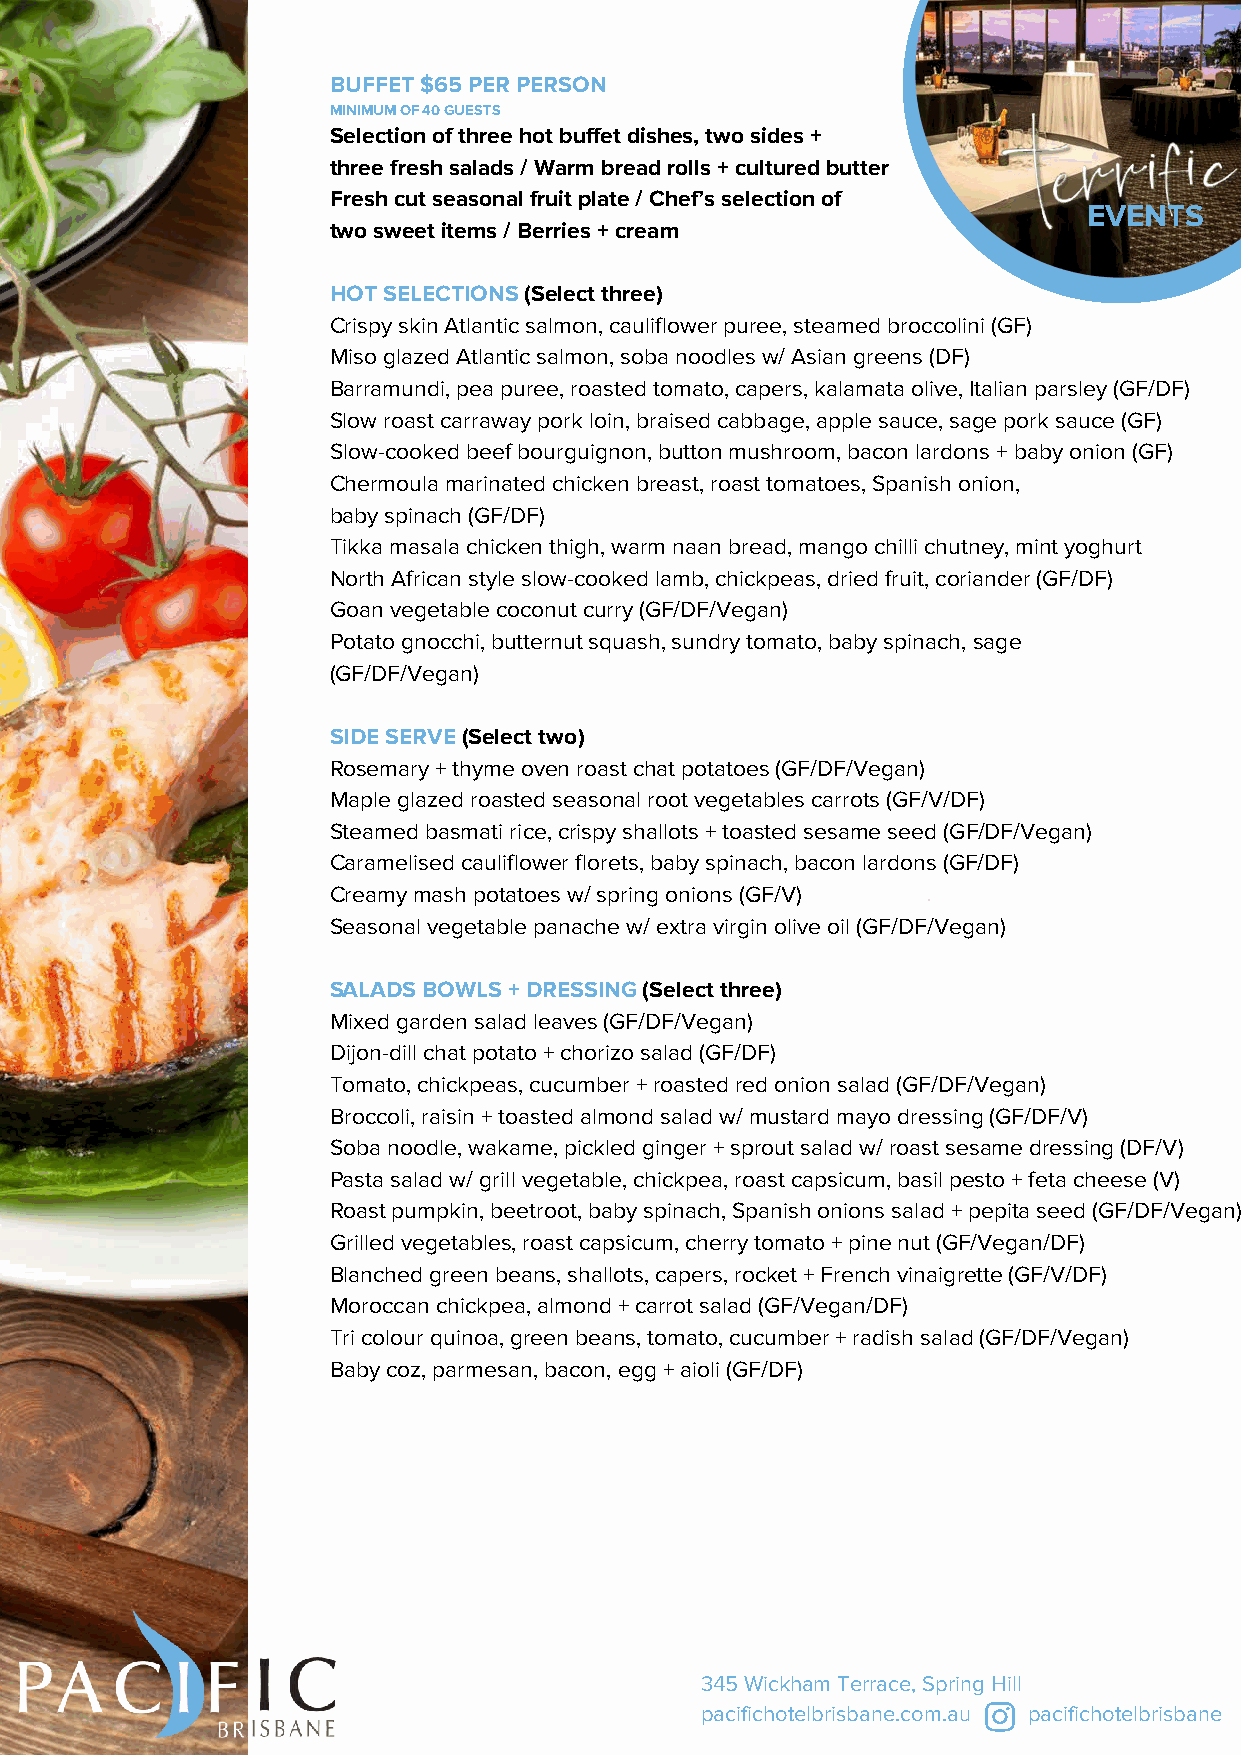
BUFFET $65 PER PERSON
 MINIMUM OF 40 GUESTS
 Selection of three hot buffet dishes, two sides +
 three fresh salads / Warm bread rolls + cultured butter
 Fresh cut seasonal fruit plate / Chef’s selection of
 EVENTS
 two sweet items / Berries + cream
 HOT SELECTIONS (Select three)
 Crispy skin Atlantic salmon, cauliflower puree, steamed broccolini (GF)
 Miso glazed Atlantic salmon, soba noodles w/ Asian greens (DF)
 Barramundi, pea puree, roasted tomato, capers, kalamata olive, Italian parsley (GF/DF)
 Slow roast carraway pork loin, braised cabbage, apple sauce, sage pork sauce (GF)
 Slow-cooked beef bourguignon, button mushroom, bacon lardons + baby onion (GF)
 Chermoula marinated chicken breast, roast tomatoes, Spanish onion,
 baby spinach (GF/DF)
 Tikka masala chicken thigh, warm naan bread, mango chilli chutney, mint yoghurt
 North African style slow-cooked lamb, chickpeas, dried fruit, coriander (GF/DF)
 Goan vegetable coconut curry (GF/DF/Vegan)
 Potato gnocchi, butternut squash, sundry tomato, baby spinach, sage
 (GF/DF/Vegan)
 SIDE SERVE (Select two)
 Rosemary + thyme oven roast chat potatoes (GF/DF/Vegan)
 Maple glazed roasted seasonal root vegetables carrots (GF/V/DF)
 Steamed basmati rice, crispy shallots + toasted sesame seed (GF/DF/Vegan)
 Caramelised cauliflower florets, baby spinach, bacon lardons (GF/DF)
 Creamy mash potatoes w/ spring onions (GF/V)
 Seasonal vegetable panache w/ extra virgin olive oil (GF/DF/Vegan)
 SALADS BOWLS + DRESSING (Select three)
 Mixed garden salad leaves (GF/DF/Vegan)
 Dijon-dill chat potato + chorizo salad (GF/DF)
 Tomato, chickpeas, cucumber + roasted red onion salad (GF/DF/Vegan)
 Broccoli, raisin + toasted almond salad w/ mustard mayo dressing (GF/DF/V)
 Soba noodle, wakame, pickled ginger + sprout salad w/ roast sesame dressing (DF/V)
 Pasta salad w/ grill vegetable, chickpea, roast capsicum, basil pesto + feta cheese (V)
 Roast pumpkin, beetroot, baby spinach, Spanish onions salad + pepita seed (GF/DF/Vegan)
 Grilled vegetables, roast capsicum, cherry tomato + pine nut (GF/Vegan/DF)
 Blanched green beans, shallots, capers, rocket + French vinaigrette (GF/V/DF)
 Moroccan chickpea, almond + carrot salad (GF/Vegan/DF)
 Tri colour quinoa, green beans, tomato, cucumber + radish salad (GF/DF/Vegan)
 Baby coz, parmesan, bacon, egg + aioli (GF/DF)
 345 Wickham Terrace, Spring Hill
 pacifichotelbrisbane.com.au pacifichotelbrisbane